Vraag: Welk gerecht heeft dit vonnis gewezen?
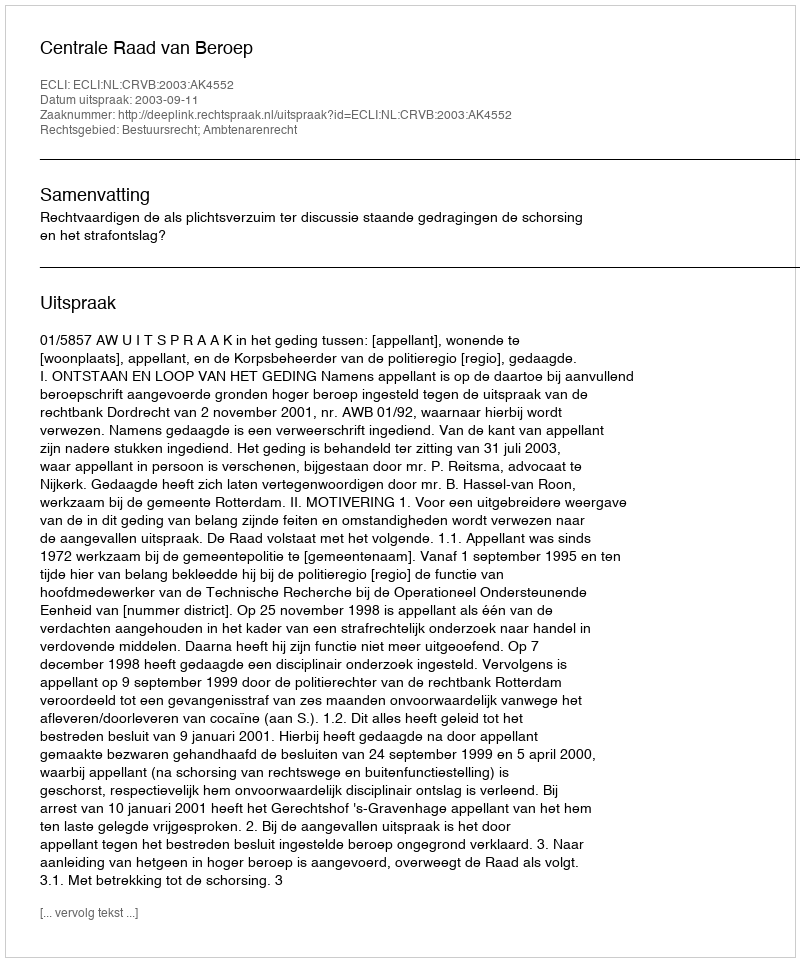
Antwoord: Centrale Raad van Beroep